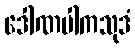
ဒေါဏပါကသုဒံ